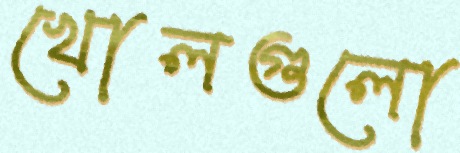
খোলগুলো